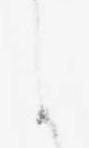
に